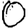
Digit: 0